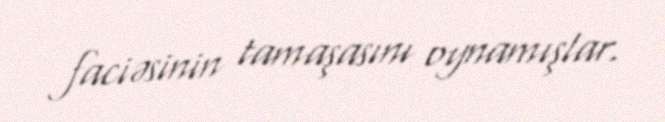
faciəsinin tamaşasını oynamışlar.